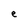
Character: e